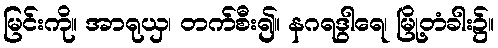
မြင်းကို။ အာရုယှ၊ တက်စီး၍။ နဂရဒွါရေ၊ မြို့တံခါး၌။